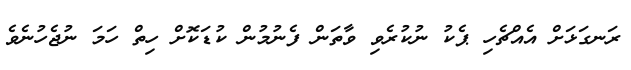
ރަނގަޅަށް އެއްޗެހި ޕެކު ނުކުރެވި ވާތަން ފެނުމުން ކުޑަކޮށް ހިތް ހަމަ ނުޖެހުނެވެ